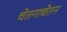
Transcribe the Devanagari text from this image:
चेतनाचेतन